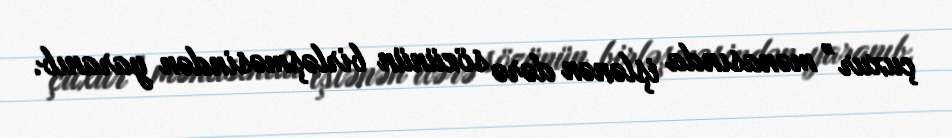
çuxur” mənasında işlənən dərə sözünün birləşməsindən yaranıb.